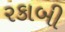
રકાબી